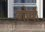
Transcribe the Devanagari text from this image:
गोर्या